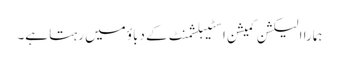
ہمارا الیکشن کمیشن اسٹیبلشمنٹ کے دباؤ میں رہتا ہے۔